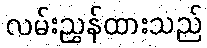
လမ်းညွှန်ထားသည်